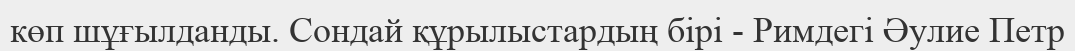
көп шұғылданды. Сондай құрылыстардың бірі - Римдегі Әулие Петр